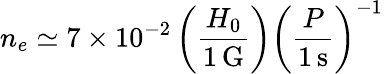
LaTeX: n_{e}\simeq 7\times 10^{-2}\left(\frac{H_{0}}{1\, \mathrm{G}}\right)\left(\frac{P}{1\, \mathrm{s}}\right)^{-1}